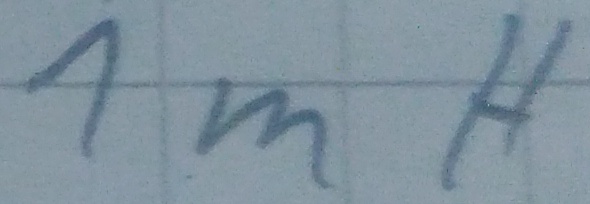
Text: 1mH